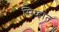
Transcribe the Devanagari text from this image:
सिध्हांत